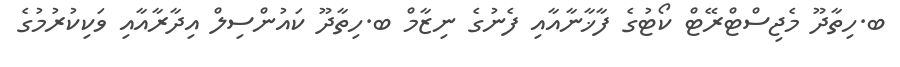
ބ.ހިތާދޫ މެޖިސްޓްރޭޓް ކޯޓުގެ ފާޚާނާއާއި ފެނުގެ ނިޒާމް ބ.ހިތާދޫ ކައުންސިލް އިދާރާއާއި ވަކިކުރުމުގެ